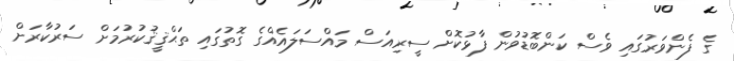
ގެ ފެންވަރުގައި ވެސް ކަންބޮޑުވުން ފާޅުކޮށް ސީރިއަސް މައްސަލައެއްގެ ގޮތުގައި ތަޙްޤީޤުކުރުމަށް ސަރުކާރަށް